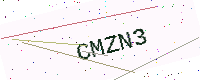
Text: CMZN3